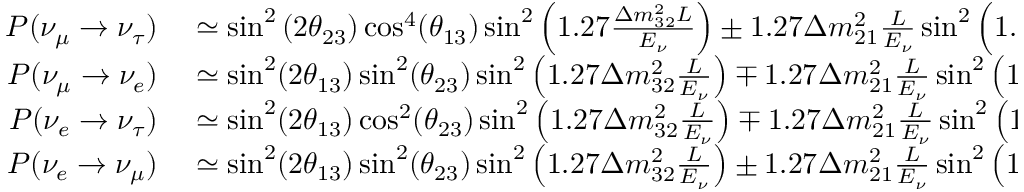
\begin{array} { r l } { P ( \nu _ { \mu } \to \nu _ { \tau } ) } & { { } \simeq \sin ^ { 2 } \left( 2 \theta _ { 2 3 } \right) \cos ^ { 4 } ( \theta _ { 1 3 } ) \sin ^ { 2 } \left( 1 . 2 7 \frac { \Delta m _ { 3 2 } ^ { 2 } L } { E _ { \nu } } \right) \pm 1 . 2 7 \Delta m _ { 2 1 } ^ { 2 } \frac { L } { E _ { \nu } } \sin ^ { 2 } \left( 1 . 2 7 \frac { \Delta m _ { 3 2 } ^ { 2 } L } { E _ { \nu } } \right) \times 8 J _ { \mathrm { C P } } , } \\ { P ( \nu _ { \mu } \rightarrow \nu _ { e } ) } & { { } \simeq \sin ^ { 2 } ( 2 \theta _ { 1 3 } ) \sin ^ { 2 } ( \theta _ { 2 3 } ) \sin ^ { 2 } \left( 1 . 2 7 \Delta m _ { 3 2 } ^ { 2 } \frac { L } { E _ { \nu } } \right) \mp 1 . 2 7 \Delta m _ { 2 1 } ^ { 2 } \frac { L } { E _ { \nu } } \sin ^ { 2 } \left( 1 . 2 7 \Delta m _ { 3 2 } ^ { 2 } \frac { L } { E _ { \nu } } \right) \times 8 J _ { \textrm { C P } } , } \\ { P ( \nu _ { e } \rightarrow \nu _ { \tau } ) } & { { } \simeq \sin ^ { 2 } ( 2 \theta _ { 1 3 } ) \cos ^ { 2 } ( \theta _ { 2 3 } ) \sin ^ { 2 } \left( 1 . 2 7 \Delta m _ { 3 2 } ^ { 2 } \frac { L } { E _ { \nu } } \right) \mp 1 . 2 7 \Delta m _ { 2 1 } ^ { 2 } \frac { L } { E _ { \nu } } \sin ^ { 2 } \left( 1 . 2 7 \Delta m _ { 3 2 } ^ { 2 } \frac { L } { E _ { \nu } } \right) \times 8 J _ { \textrm { C P } } , } \\ { P ( \nu _ { e } \rightarrow \nu _ { \mu } ) } & { { } \simeq \sin ^ { 2 } ( 2 \theta _ { 1 3 } ) \sin ^ { 2 } ( \theta _ { 2 3 } ) \sin ^ { 2 } \left( 1 . 2 7 \Delta m _ { 3 2 } ^ { 2 } \frac { L } { E _ { \nu } } \right) \pm 1 . 2 7 \Delta m _ { 2 1 } ^ { 2 } \frac { L } { E _ { \nu } } \sin ^ { 2 } \left( 1 . 2 7 \Delta m _ { 3 2 } ^ { 2 } \frac { L } { E _ { \nu } } \right) \times 8 J _ { \textrm { C P } } , } \end{array}